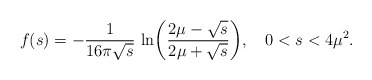
\begin{align*}f(s)=-{1\over 16\pi\sqrt{s}}\,\ln\biggl({2\mu-\sqrt{s}\over 2\mu+\sqrt{s}}\biggr),\quad 0<s<4\mu^2.\end{align*}